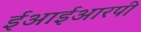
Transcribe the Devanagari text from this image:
ईआईआरपी